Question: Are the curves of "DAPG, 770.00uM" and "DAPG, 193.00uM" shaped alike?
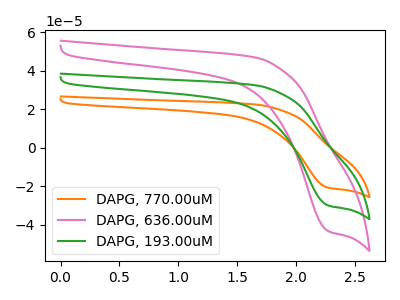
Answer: <think>The orange curve "DAPG, 770.00uM" has a cathodic peak at: (2.30V, -20.80uA). The pink curve "DAPG, 636.00uM" has a cathodic peak at: (2.30V, -60.10uA). The green curve "DAPG, 193.00uM" has a cathodic peak at: (2.30V, -30.05uA).
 All the peaks in "DAPG, 770.00uM" have a peak in "DAPG, 193.00uM" at the same potential. Every peak in "DAPG, 770.00uM" is lower than every peak in "DAPG, 193.00uM".</think>
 <answer>"DAPG, 770.00uM" and "DAPG, 193.00uM" are similar in shape.</answer>
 <eval>same_shape</eval>